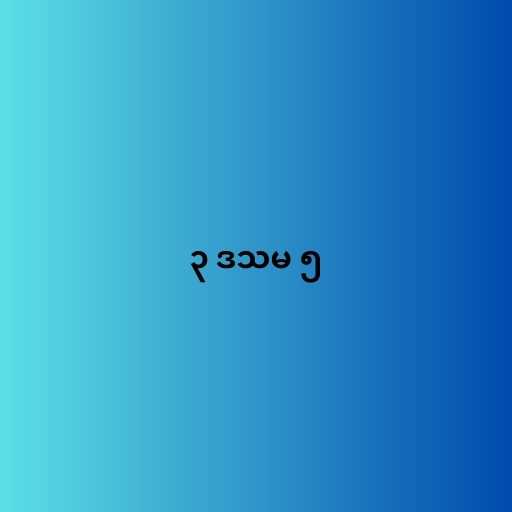
၃ ဒသမ ၅